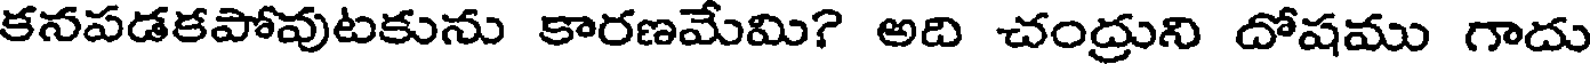
కనపడకపోవుటకును కారణమేమి? అది చంద్రుని దోషము గాదు